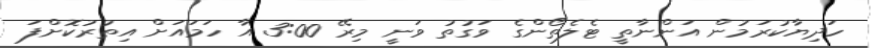
ހަދިޔާކުރަމުން އަންނާތީ ޓެލެތޯންގެ ވަގުތު ވަނީ މިރޭ 3:00 އާ ހަމައަށް އިތުރުކޮށްފަ